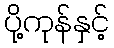
ပို့ကုန်နှင့်